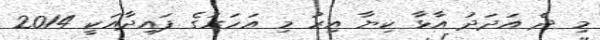
މި ދެ އަދަދު އާޅާ ކިޔާ އިރު މި އަހަރުގެ ފައިދާއަކީ 2014